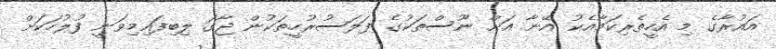
އައުރާގެ މި އެހީތެރިކަމާއެކު އޭނާ އަށް ނޫސްތަކުގެ ފަލަސުރުހީތަކުން ޖާގަ ލިބިފައިމިވަނީ ފުލުހަކަށް